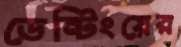
ডেন্টিংয়ের